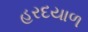
હરદયાળ